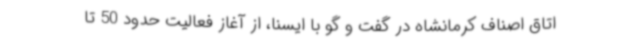
اتاق اصناف کرمانشاه در گفت و گو با ایسنا، از آغاز فعالیت حدود 50 تا